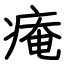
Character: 痷